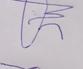
Signature authenticity: forged